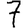
Digit: 7